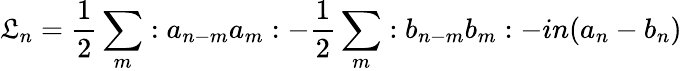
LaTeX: \mathfrak{L}_{n}={\frac{1}{2}}\sum_{m}:a_{n-m}a_{m}:-{\frac{1}{2}}\sum_{m}:b_{n-m}b_{m}:-in(a_{n}-b_{n})